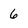
Character: 6